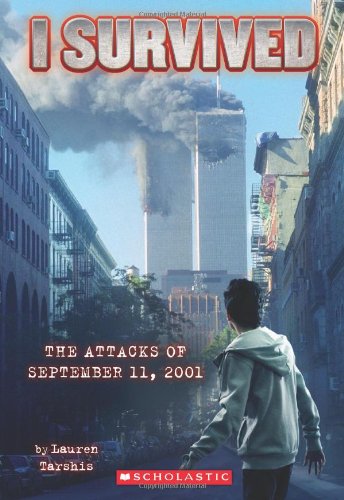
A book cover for I Survived the Attacks of September 11th, 2001 (I Survived, Book 6); Lauren Tarshis; Children's Books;